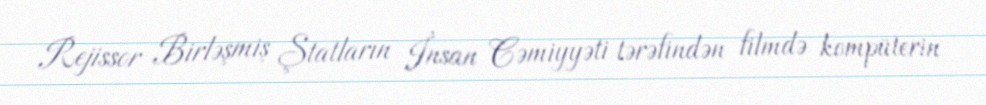
Rejissor Birləşmiş Ştatların İnsan Cəmiyyəti tərəfindən filmdə kompüterin